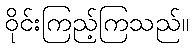
ဝိုင်းကြည့်ကြသည်။